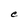
Character: C